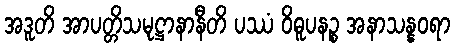
အဒူတိ အာပတ္တိသမုဋ္ဌာနာနီတိ ပဿံ ဝိဓူပနဉ္စ အနာသန္နဝရာ